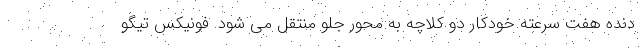
دنده هفت سرعته خودکار دو کلاچه به محور جلو منتقل می شود‌. فونیکس تیگو